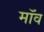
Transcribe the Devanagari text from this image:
मॉव